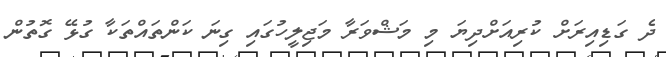
ދެ ގަޑިއިރަށް ކުރިއަށްދިޔަ މި މަޝްވަރާ މަޖިލީހުގައި ގިނަ ކަންތައްތަކާ ގުޅޭ ގޮތުން